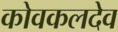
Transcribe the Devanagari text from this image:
कोवकलदेव